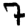
Digit: 7